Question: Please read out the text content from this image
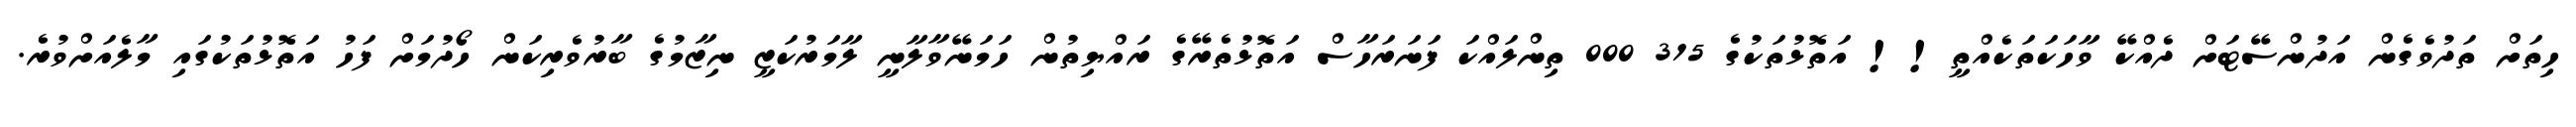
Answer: ހިތަށް ތަދުވެގެން އަދުންސޭޓަށް ދެއްކޭ ވާހަކަތަކެއްތީ!! އަތޮޅުތަކުގެ 315 000 ތިންލައްކަ ފަނަރަހާސް އަތޮޅުތެރޭގެ ރައްޔިތުން ހަމަނޭވާލާނީ ލާމަރުކަޒީ ނިޒާމުގެ ބާރުވެރިކަން ހޯދުމަށް ފަހު އަތޮޅުތަކުގައި މާލެއަށްވުރެ.